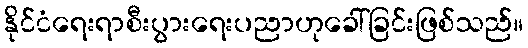
နိုင်ငံရေးရာစီးပွားရေးပညာဟုခေါ်ခြင်းဖြစ်သည်။